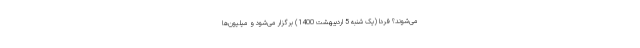
می‌شوند؟ فردا (یک شنبه 5 اردیبهشت 1400) برگزار می‌شود و میلیون‌ها